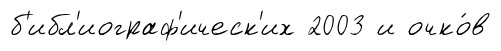
б'ибл'иограф'ическ'их 2003 и очко́в